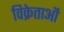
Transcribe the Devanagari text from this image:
विक्रेताऒं